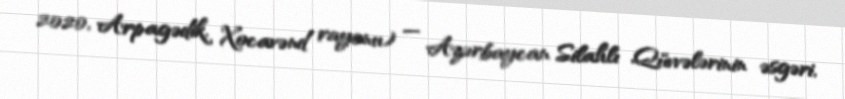
2020, Arpagədik, Xocavənd rayonu) — Azərbaycan Silahlı Qüvvələrinin əsgəri,